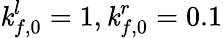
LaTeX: \mathit{k}_{f,0}^{l}=1,\mathit{k}_{f,0}^{r}=0.1